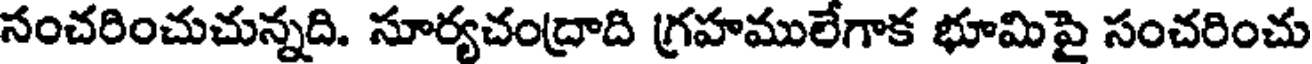
సంచరించుచున్నది. సూర్యచంద్రాది గ్రహములేగాక భూమిపై సంచరించు